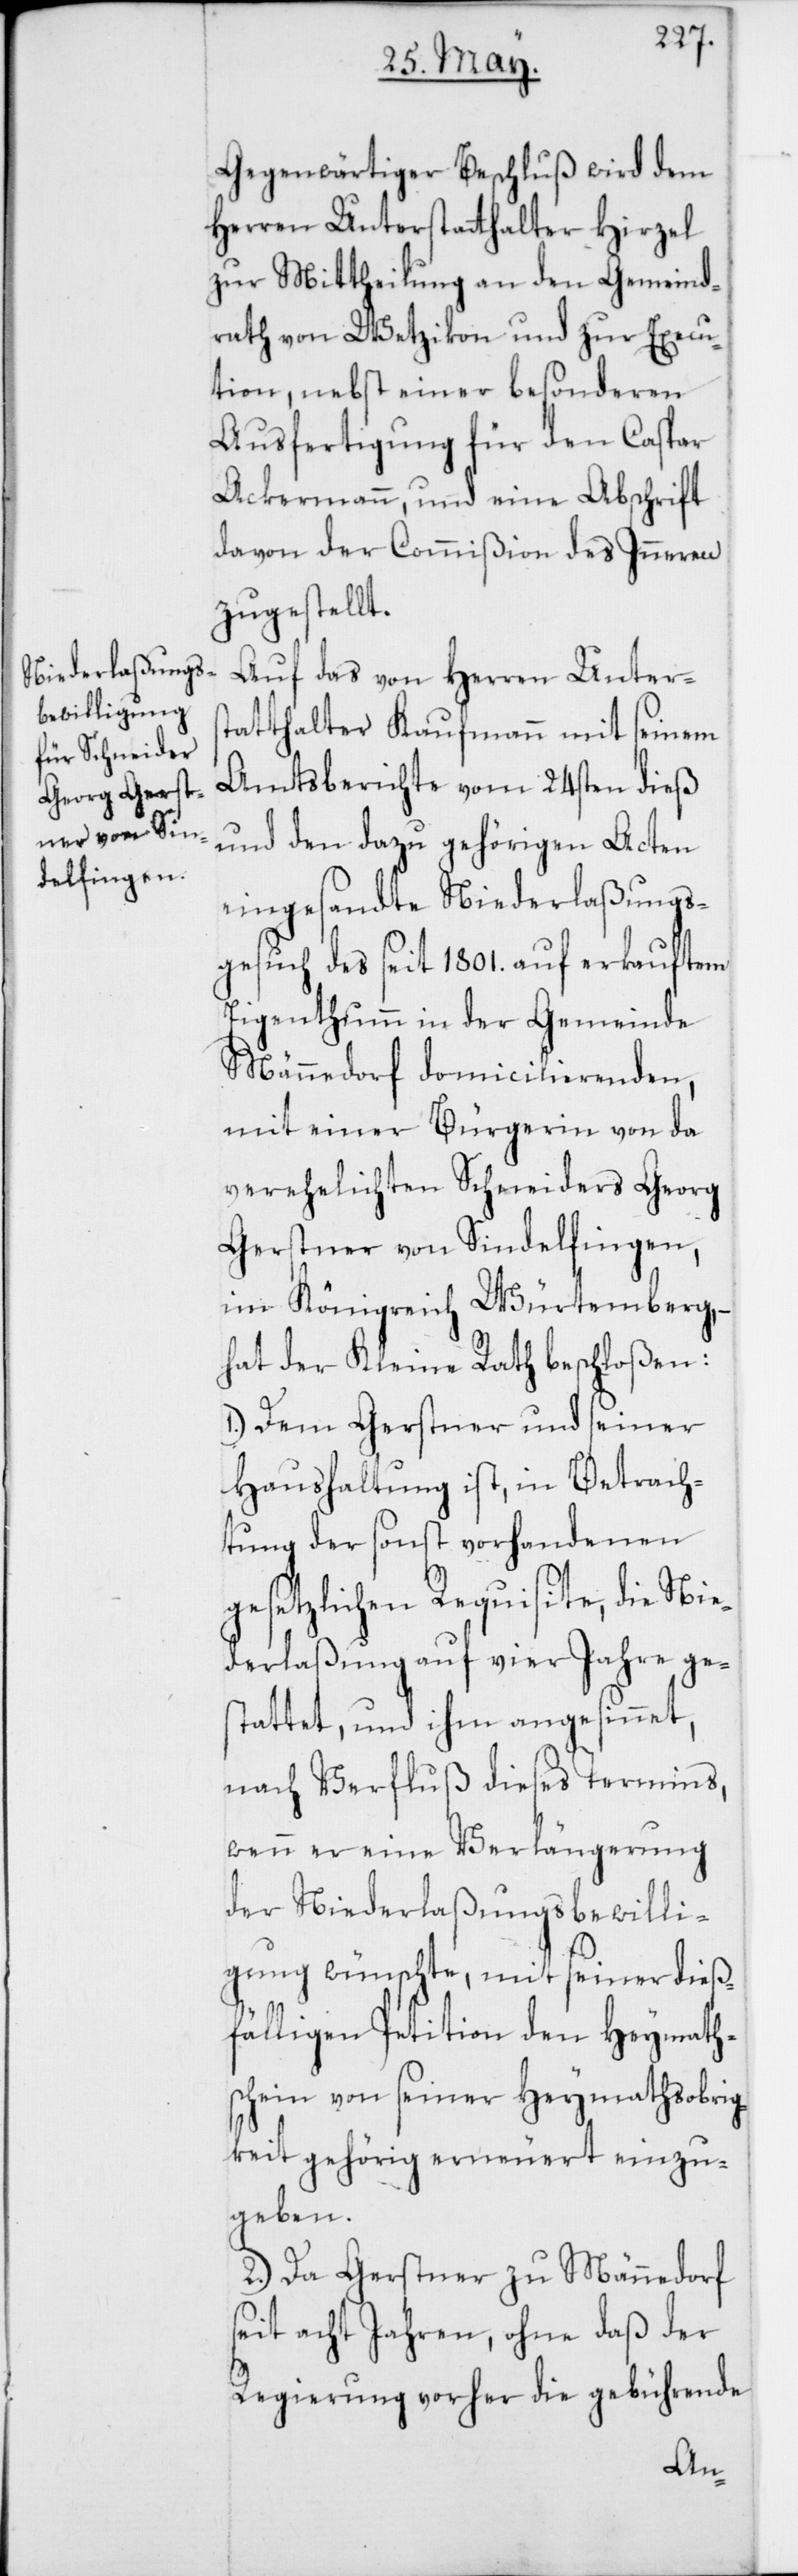
Gegenwärtiger Beschluß wird dem
Herren Unterstatthalter Hirzel
zur Mittheilung an den Gemeind¬
rath von Wetzikon und zur Execu¬
tion, nebst einer besonderen
Ausfertigung für den Caspar
Ackermann, und eine Abschrift
davon der Commißion des Inneren
zugestellt.
Auf das von Herren Unters¬
tatthalter Kaufmann mit seinem
Amtsberichte vom 24sten dieß
und den dazu gehörigen Acten
eingesandte Niederlaßungs¬
gesuch des seit 1801. auf erkauftem
Eigentum in der Gemeinde
Männedorf domicilierenden,
mit einer Bürgerin von da
verehelichten Schneiders Georg
Gerstner von Sindelfingen,
im Königreich Würtemberg, –
hat der Kleine Rath beschloßen:
1.) Dem Gerstner und seiner
Haushaltung ist, in Betrach¬
tung der sonst vorhandenen
gesetzlichen Requisite, die Nie¬
derlaßung auf vier Jahre ges¬
tattet, und ihm angesinnet,
nach Verfluß dieses Termins,
wenn er eine Verlängerung
der Niederlaßungsbewilli¬
gung wünschte, mit seiner dieß¬
fälligen Petition den Heymath¬
schein von seiner Heymathsobrig¬
keit gehörig erneuert einzu¬
geben.
2.) Da Gerstner zu Männedorf
seit acht Jahren, ohne daß der
Regierung vorher die gebührende